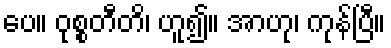
ပေ။ ဝုစ္စတီတိ၊ ဟူ၍။ အာဟု၊ ကုန်ပြီ။